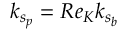
k _ { s _ { p } } = R e _ { K } k _ { s _ { b } }